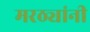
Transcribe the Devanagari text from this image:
मरठ्यांनी